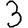
Digit: 3